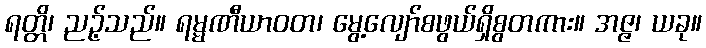
ရတ္တိ၊ ညဉ့်သည်။ ရမ္မဏီယာဝတ၊ မွေ့လျော်စဖွယ်ရှိစွတကား။ အဇ္ဇ၊ ယခု။